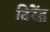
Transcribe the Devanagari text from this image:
दिरेंद्र